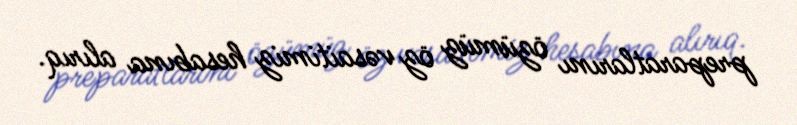
preparatlarını özümüz öz vəsaitimiz hesabına alırıq.